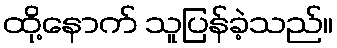
ထို့နောက် သူပြန်ခဲ့သည်။